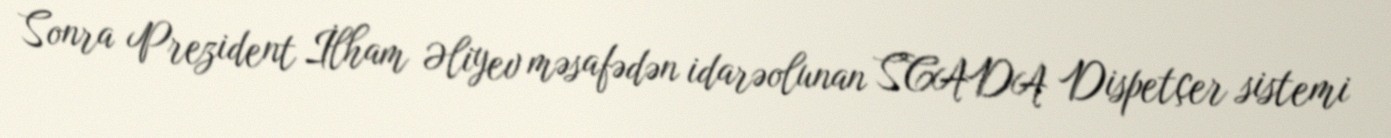
Sonra Prezident İlham Əliyev məsafədən idarəolunan SCADA Dispetçer sistemi